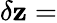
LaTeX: \delta\mathbf{z}=